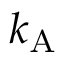
k _ { \mathrm { { A } } }